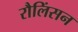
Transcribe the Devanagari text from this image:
रौलिंसन